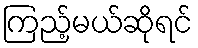
ကြည့်မယ်ဆိုရင်